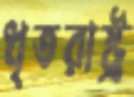
ধৃতরাষ্ট্র